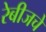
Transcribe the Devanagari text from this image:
रेबीजचे